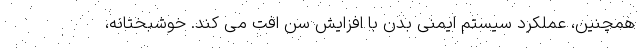
همچنین، عملکرد سیستم ایمنی بدن با افزایش سن افت می کند. خوشبختانه،